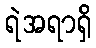
ရဲအရာရှိ